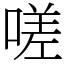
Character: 嗟